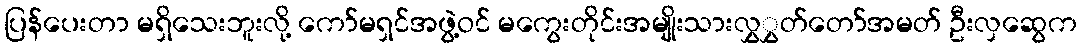
ပြန်ပေးတာ မရှိသေးဘူးလို့ ကော်မရှင်အဖွဲ့ဝင် မကွေးတိုင်းအမျိုးသားလွှွှတ်တော်အမတ် ဦးလှဆွေက